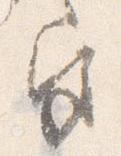
宮